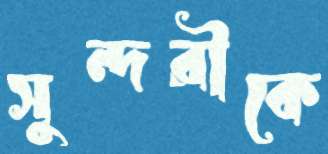
সুন্দরীকে